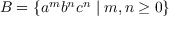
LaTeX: B = \{ a ^ { m } b ^ { n } c ^ { n } \mid m , n \geq 0 \}